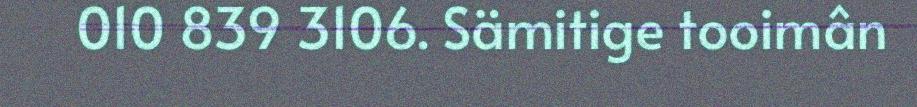
010 839 3106. Sämitige tooimân